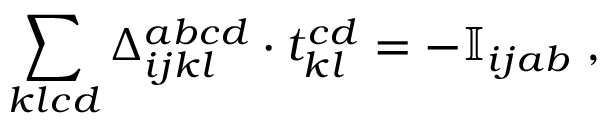
\sum _ { k l c d } \Delta _ { i j k l } ^ { a b c d } \cdot t _ { k l } ^ { c d } = - \mathbb { I } _ { i j a b } \; ,